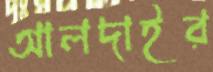
আলদাইর